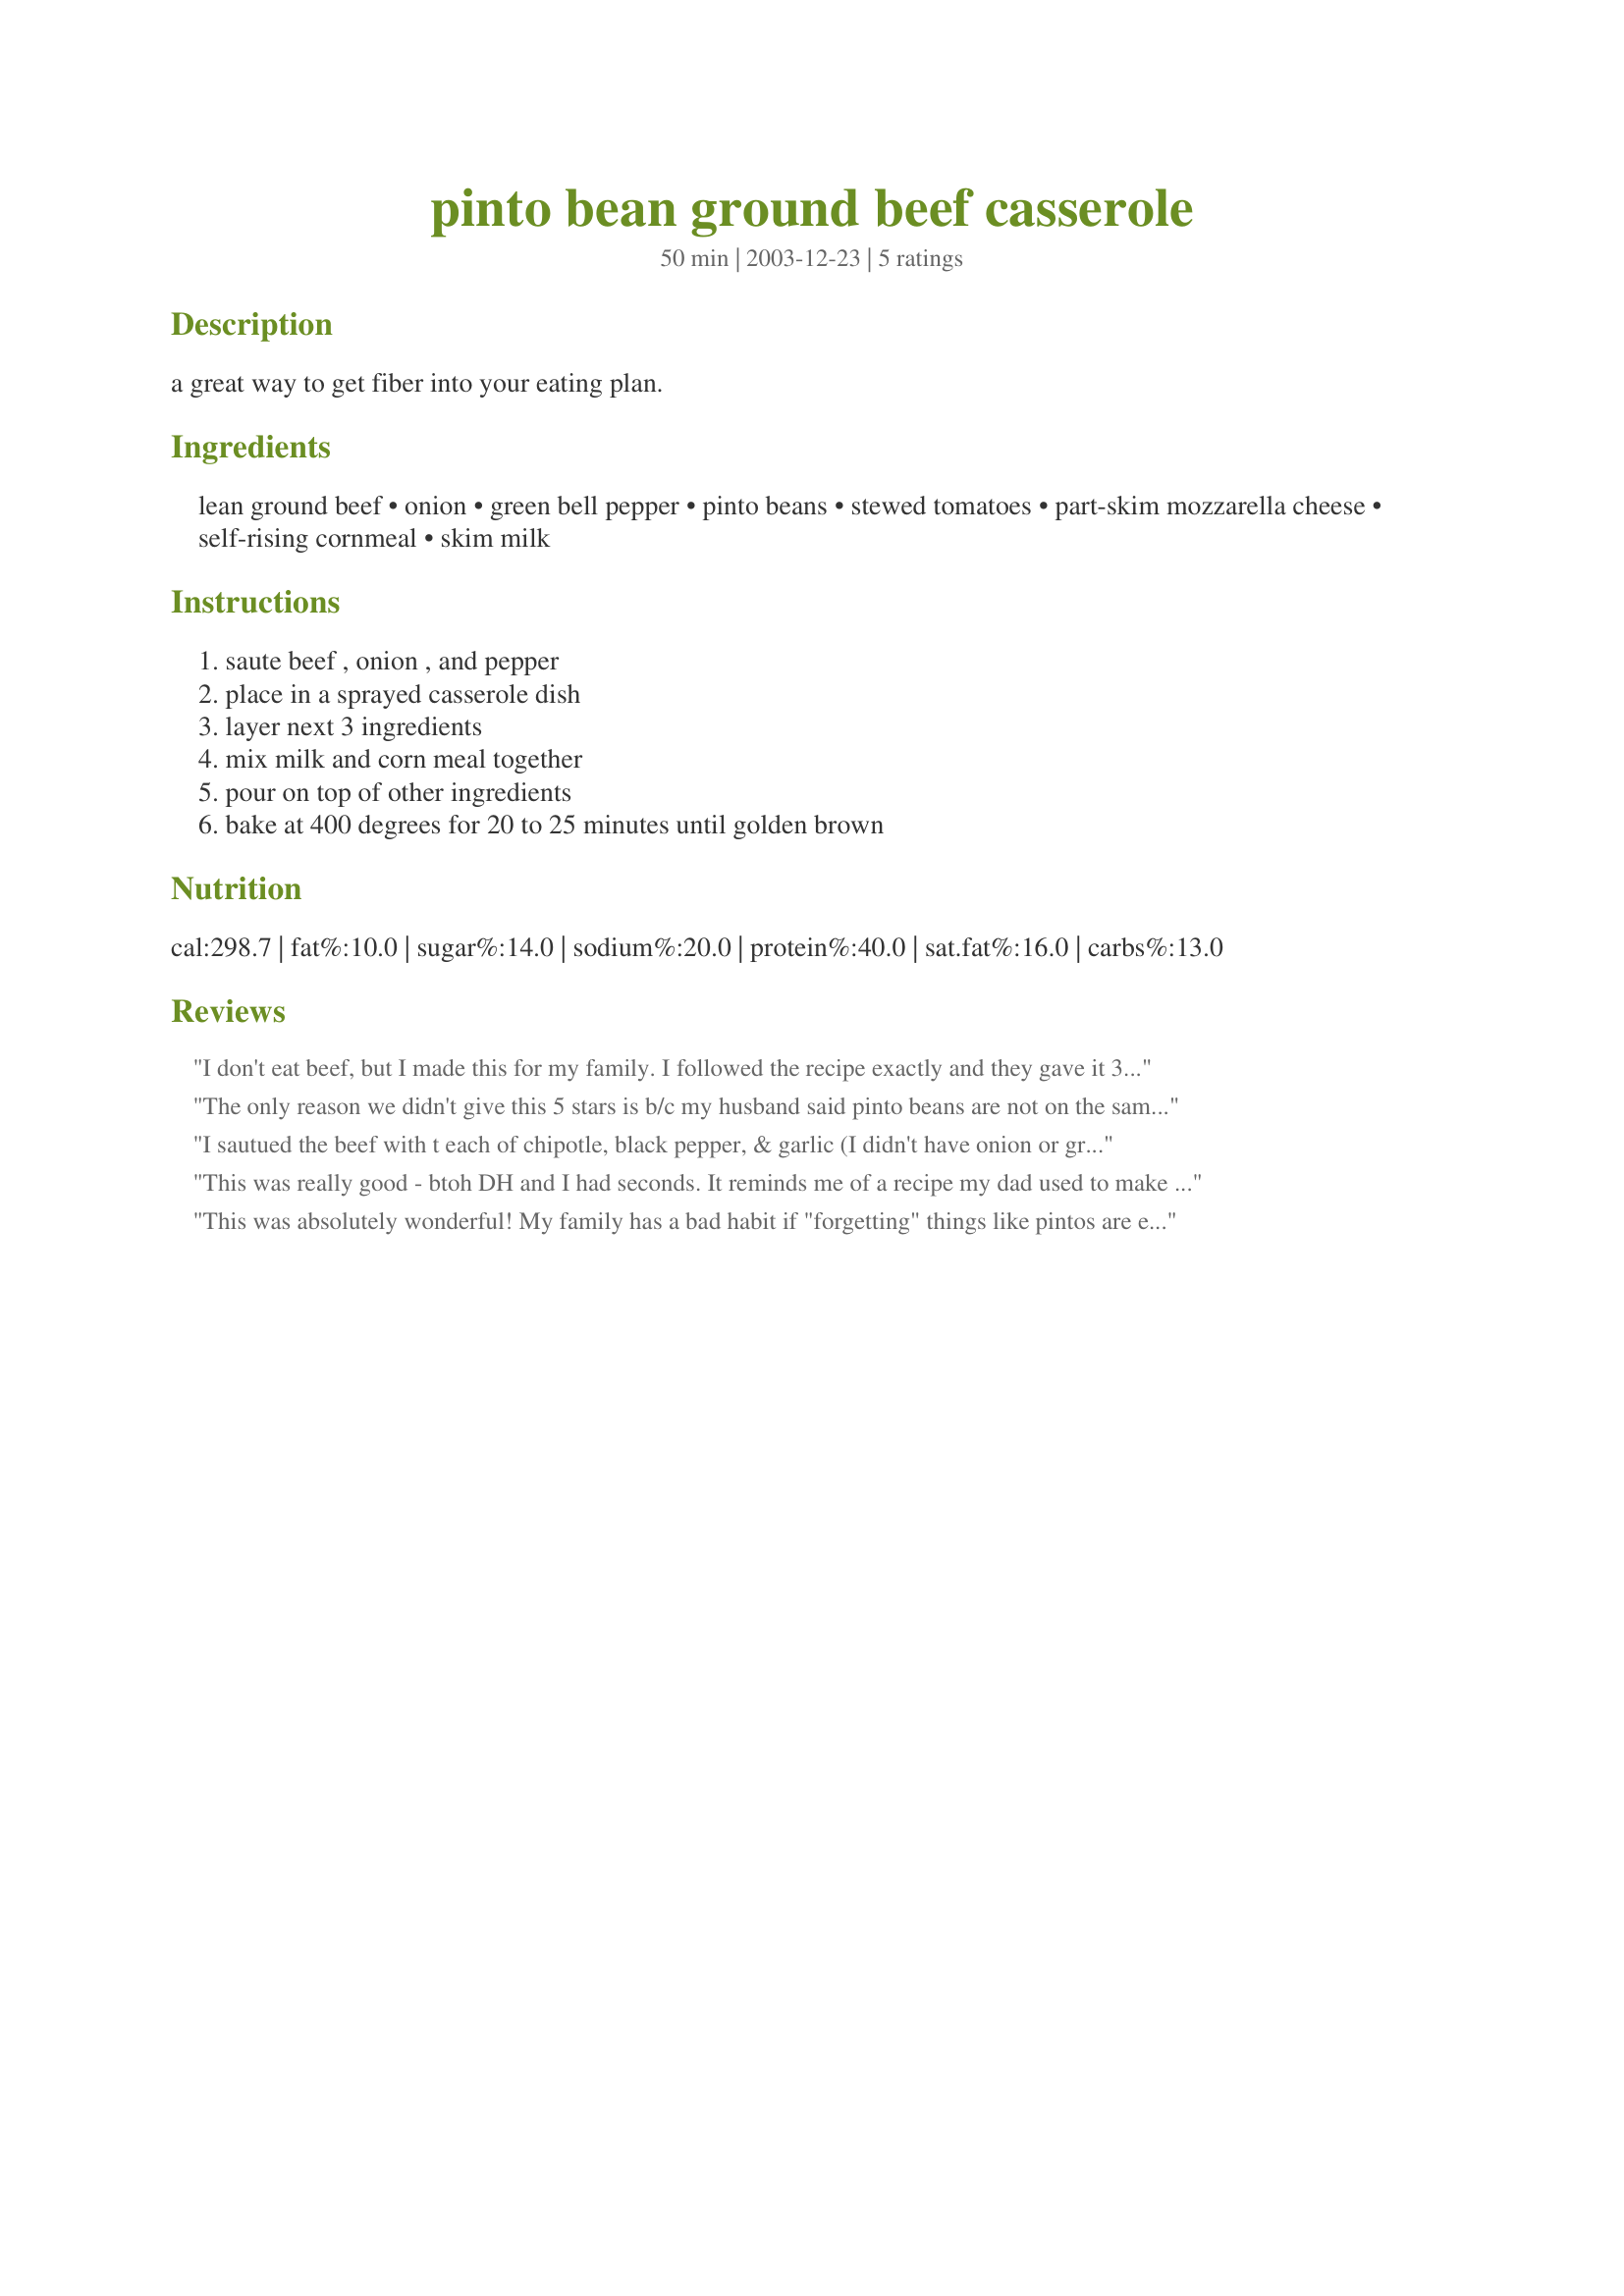
pinto bean ground beef casserole
Preparation time: 50 minutes

a great way to get fiber into your eating plan.

Ingredients:
lean ground beef, onion, green bell pepper, pinto beans, stewed tomatoes, part-skim mozzarella cheese, self-rising cornmeal, skim milk

Steps:
saute beef , onion , and pepper, place in a sprayed casserole dish, layer next 3 ingredients, mix milk and corn meal together, pour on top of other ingredients, bake at 400 degrees for 20 to 25 minutes until golden brown

Reviews:
I don't eat beef, but I made this for my family. I followed the recipe exactly and they gave it 3 stars. They said it was good but didn't have as much flavor as they would have liked. Next time I may use Rotel instead of stewed tomatoes. Once they doctored up, they liked it much butter. They used hot sauce, salsa, sour cream, additional shredded cheese to give it some additional flavor. They would give it an additional star with the additions. Reading the other reviews, it seems like everyone made additions or changes to fit their tastes. I would use this as a great base recipe, then personalize it and make it your own.
The only reason we didn't give this 5 stars is b/c my husband said pinto beans are not on the same list as filet mignon and lobster! We really enjoyed this recipe. My husband added Texas Pete hot sauce on his and I added a few spring onions to mine. I also added a sprinkle of cheddar cheese on top right out of the oven.
I sautued the beef with t each of chipotle, black pepper, & garlic (I didn't have onion or green pepper)

I didn't have stewed tomato, but I blended diced tomatoes.

I only used 16 oz. beans, which was plenty.

I used a large casserole dish & added 50% more cornmeal topping.

It was easy, delicious, nutritious, filling & economical!
This was really good - btoh DH and I had seconds. It reminds me of a recipe my dad used to make 50 years ago. The only change I made was I used a Mexi-blend cheese, drained and washed the canned pintos (I find it cuts back on gas) and added 6 dashes of hot sauce and 1 tsp of salt to meat mixture. This recipe feeds 6 easily. Will add this little gem to my rotation list. Thanks, Polly
This was absolutely wonderful! My family has a bad habit if "forgetting" things like pintos are even in the fridge, so this was the perfect solution. It came out great and my toddler loved it. My hubby said I had better not forget how to make this! The only difference was I had American cheese only and fresh tomatoes that I diced up. It was delish and I'm making it for my grandparents and mom this weekend! Thanks!
